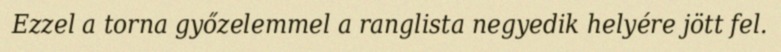
Ezzel a torna győzelemmel a ranglista negyedik helyére jött fel.